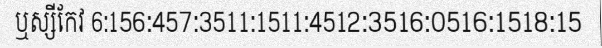
ឬស្សីកែវ 6:156:457:3511:1511:4512:3516:0516:1518:15